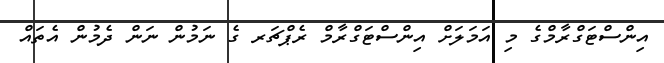
އިންސްޓަގްރާމްގެ މި އަމަލަށް އިންސްޓަގްރާމް ރެޕްޗަރ ގެ ނަމުން ނަން ދެމުން އެތައް